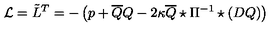
{ \cal L } = \tilde { L } ^ { T } = - \left( p + \overline { { Q } } Q - 2 \kappa \overline { { Q } } \star \Pi ^ { - 1 } \star ( D Q ) \right)